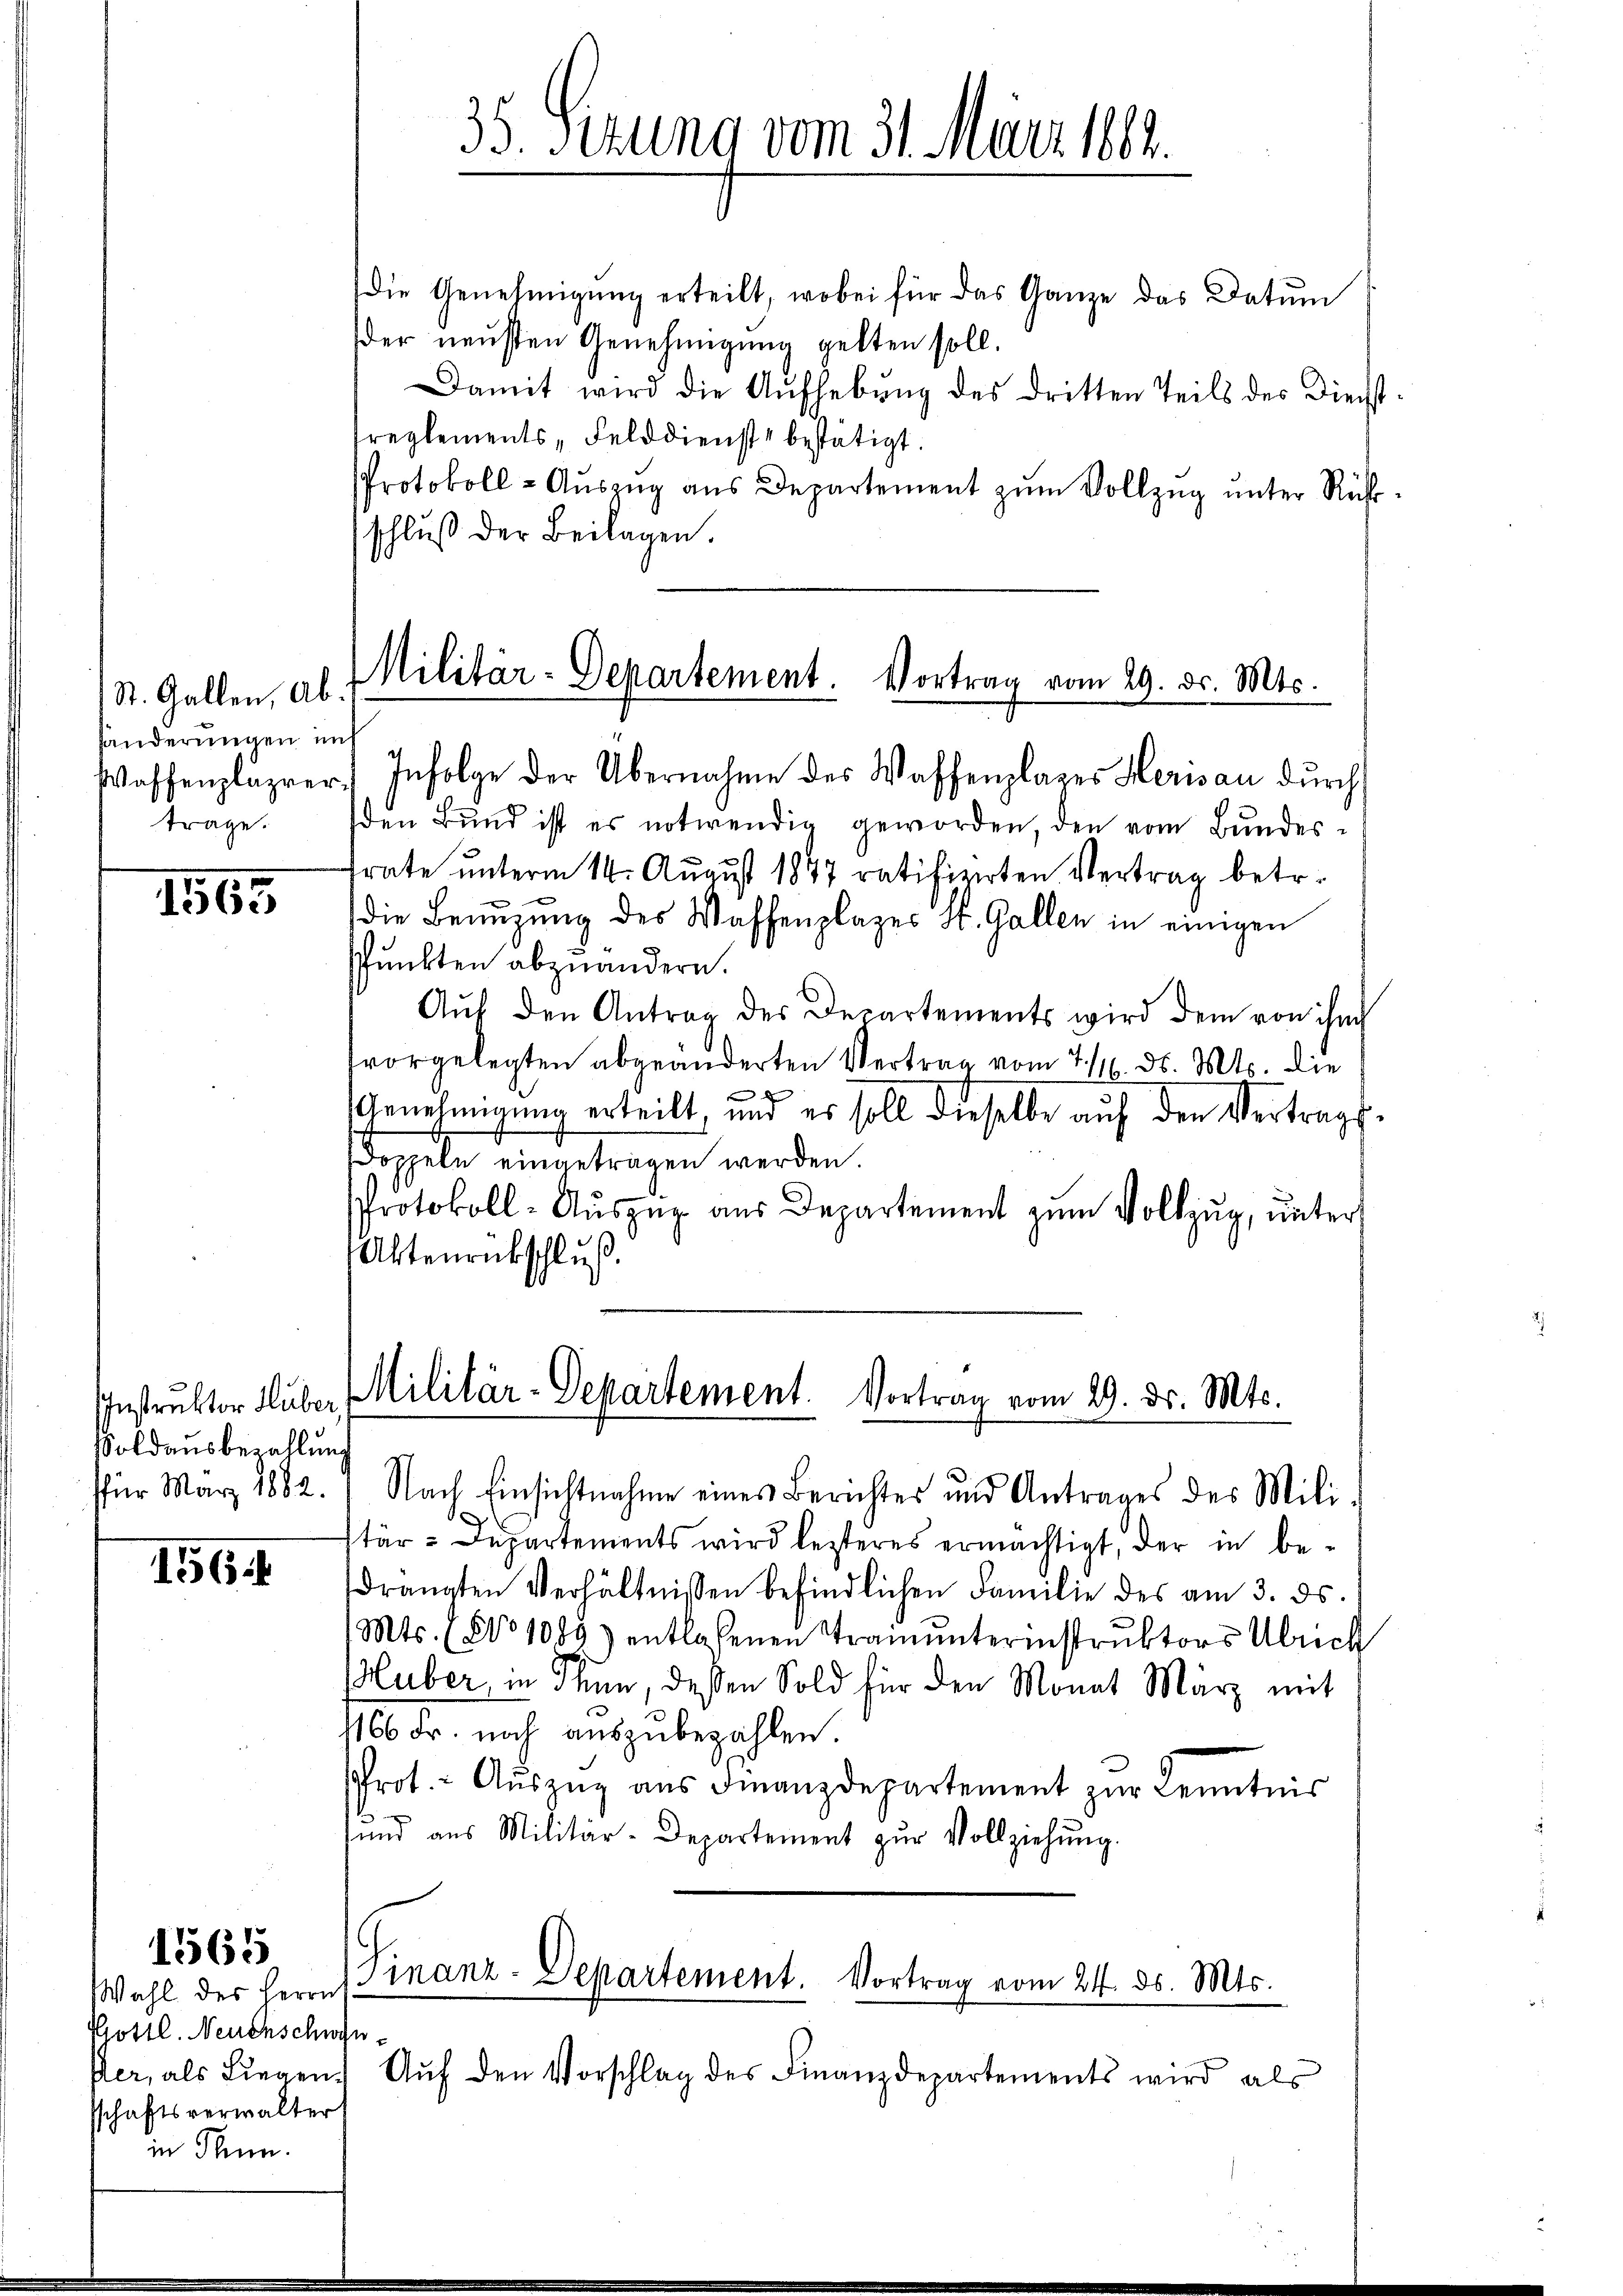
St. Gallen, Abhanderungen im
träge.

1565

IInstruktor Huber,
Soldausbezahlung
für März 1882.

1564

1565

Wahl des Herrn
Gottl. Neuenschwe
Der, als Liegen.
sschaftsverwalter
in Penn.

die Genehmigŭng erteilt, wobei für das Ganze das Datum
der neusten Genehmigung gelten soll.
Damit wird die Aŭfhebŭng des dritten Teils des Dienst-
reglements-Felddienst bestätigt.
Protokoll- Aŭszŭg ans Departement zŭm Vollzug unter Rühschluß der Beilagen.

35. Seizung vom 31. März 1884.

Militär-Departement Vortrag vom 29. ds. Mts.
Waffenplägrer. Infolge der Übernahme des Waffenplazer Herisau durch

den Bund ist es notwendig geworden, den vom Bundesfrate unterm 14. August 1847 ratifizierten Vertrag betr.
die Benutzung des Waffenplazes St. Gallen in einigen
Punkten abzuändern.
Aŭf den Antrag des Departements wird dem von ihm
vorgelegten abgeänderten Vertrag vom 21. ds. Mts. die
t
Genehmigung erteilt, und es soll dieselbe auf den Vertrags
doppeln eingetragen werden.
Protokoll-Auszug aus Departement zum Vollzug, unters
Aktenrückschluß.

Militär-Departement. Vortrag vom 29. ds. Mts.
Nach Einsichtnahme eines Berichtes und Antrages des Mili¬

Finanz-Departement. Vortrag vom 24. ds. Mts.

x
Aŭf den Vorschlag des Finanzdepartements wird als

stär-Departements wird lezteres ermächtigt, der in be-
drängten Verhältnissen befindlichen Familie des am 3. ds.
Mts. (§ 1089) entlassenen Tramŭnterinstrŭktors Übrich
Huber, in Thun, deßen Sold für den Monat März mit
1166 Fr. noch auszubezahlen.
srot. Aŭszŭg aŭs Finanzdepartement zŭr Kenntnis
und aus Militär-Departement zŭr Vollziehŭng.